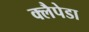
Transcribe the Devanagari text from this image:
क्लैपेडा